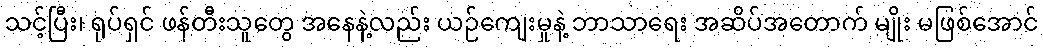
သင့်ပြီး၊ ရုပ်ရှင် ဖန်တီးသူတွေ အနေနဲ့လည်း ယဉ်ကျေးမှုနဲ့ ဘာသာရေး အဆိပ်အတောက် မျိုး မဖြစ်အောင်